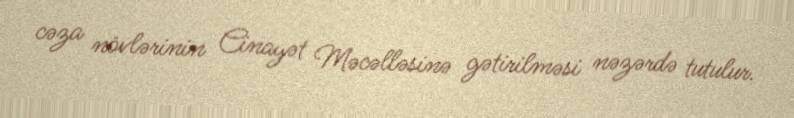
cəza növlərinin Cinayət Məcəlləsinə gətirilməsi nəzərdə tutulur.